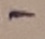
Text: -